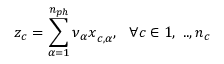
z _ { c } = \sum _ { \alpha = 1 } ^ { n _ { p h } } { \nu _ { \alpha } x } _ { c , \alpha } , \ \ \forall c \in { 1 , \ . . , n _ { c } }